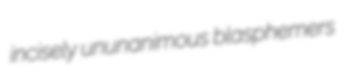
incisely ununanimous blasphemers